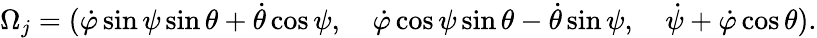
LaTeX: \begin{array}{r}{\Omega_{j}=(\dot{\varphi}\sin\psi\sin\theta+\dot{\theta}\cos\psi,\quad\dot{\varphi}\cos\psi\sin\theta-\dot{\theta}\sin\psi,\quad\dot{\psi}+\dot{\varphi}\cos\theta).}\end{array}